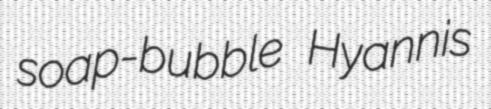
soap-bubble Hyannis